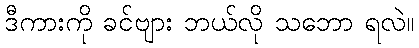
ဒီကားကို ခင်ဗျား ဘယ်လို သဘော ရလဲ။